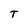
Character: T